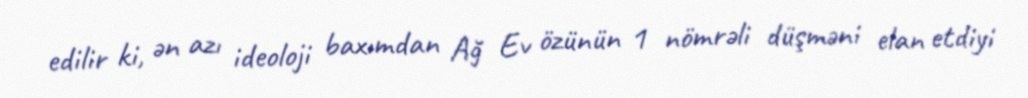
edilir ki, ən azı ideoloji baxımdan Ağ Ev özünün 1 nömrəli düşməni elan etdiyi